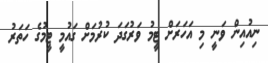
ނިއުއިން ވަނީ މި އަހަރަށް ޓީމު ވަރުގަދަ ކުރުމަށް ގައުމީ ޓީމުގެ ހަތަރު